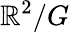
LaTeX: \mathbb{R}^{2}/G